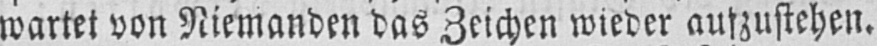
wartet von Niemanden das Zeichen wieder aufzustehen.